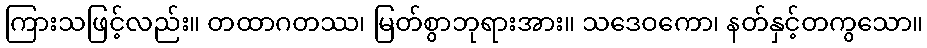
ကြားသဖြင့်လည်း။ တထာဂတဿ၊ မြတ်စွာဘုရားအား။ သဒေဝကော၊ နတ်နှင့်တကွသော။